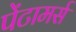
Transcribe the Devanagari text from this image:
पेंटामर्स